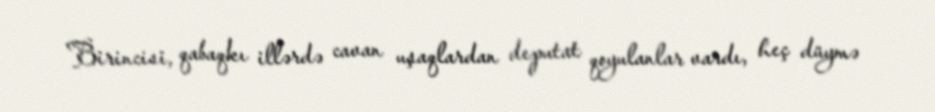
Birincisi, qabaqkı illərdə cavan uşaqlardan deputat qoyulanlar vardı, heç düymə